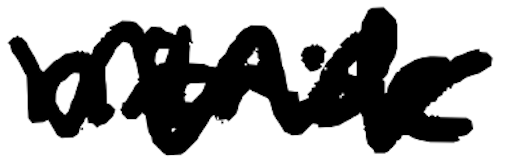
Text: nitride
Cross-out: mix
Writing tool: digital_black